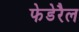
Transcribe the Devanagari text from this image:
फेडेरैल